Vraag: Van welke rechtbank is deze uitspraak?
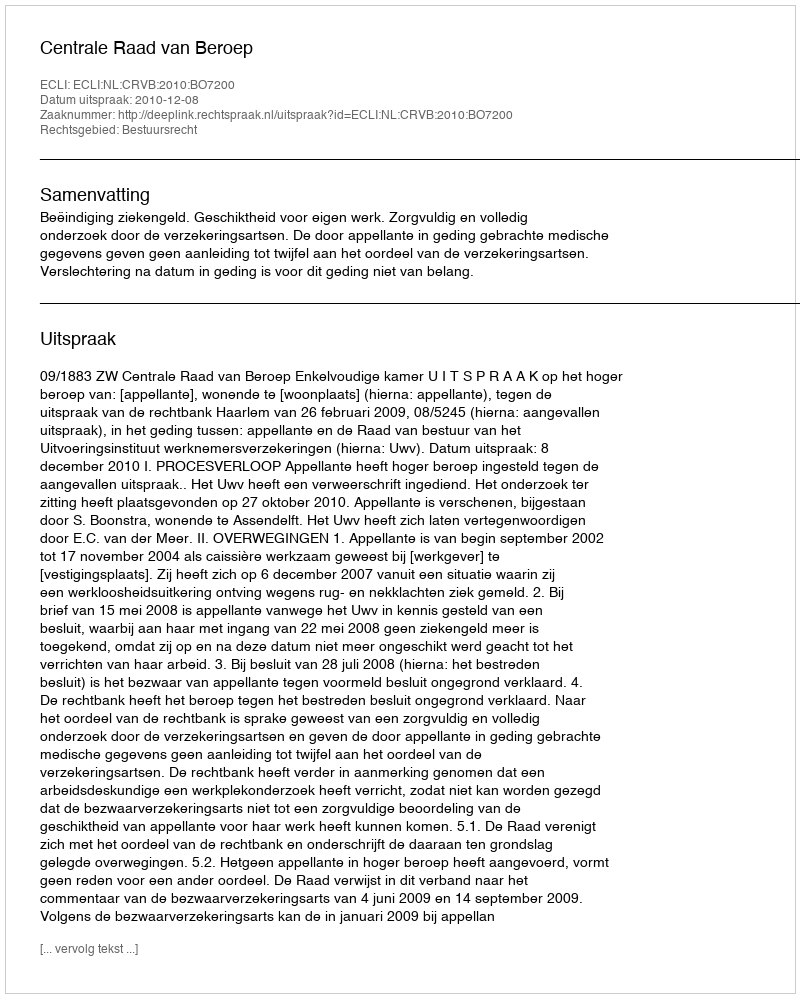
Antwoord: Centrale Raad van Beroep